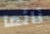
نائما